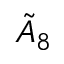
{ \tilde { A } } _ { 8 }